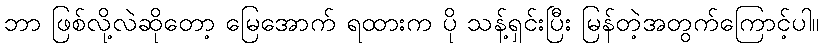
ဘာ ဖြစ်လို့လဲဆိုတော့ မြေအောက် ရထားက ပို သန့်ရှင်းပြီး မြန်တဲ့အတွက်ကြောင့်ပါ။